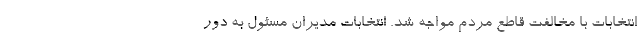
انتخابات با مخالفت قاطع مردم مواجه شد. انتخابات مدیران مسئول به دور